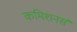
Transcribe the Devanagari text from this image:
कमिशनर्स